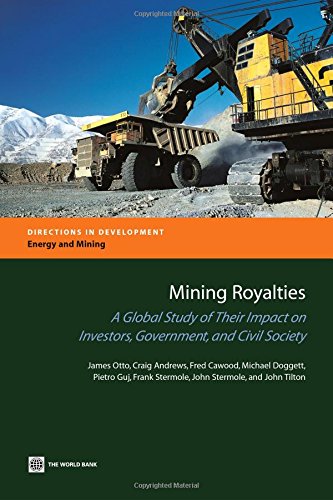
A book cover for Mining Royalties: A Global Study of their Impact on Investors, Government, and Civil Society (Directions in Development); James Otto; Law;